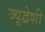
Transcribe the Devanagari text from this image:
ज्यूद्वेशी